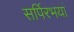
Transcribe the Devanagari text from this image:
सर्पिरभयां